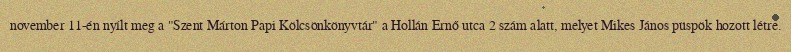
november 11-én nyílt meg a "Szent Márton Papi Kölcsönkönyvtár" a Hollán Ernő utca 2 szám alatt, melyet Mikes János püspök hozott létre.